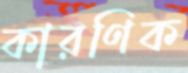
কারণিক